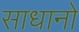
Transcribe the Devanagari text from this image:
साधानो